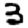
Digit: 3